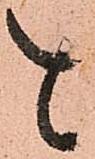
と